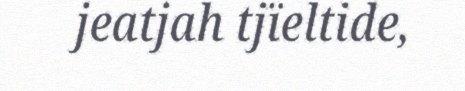
jeatjah tjïeltide,